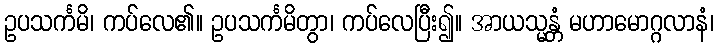
ဥပသင်္ကမိ၊ ကပ်လေ၏။ ဥပသင်္ကမိတွာ၊ ကပ်လေပြီး၍။ အာယသ္မန္တံ မဟာမောဂ္ဂလာနံ၊